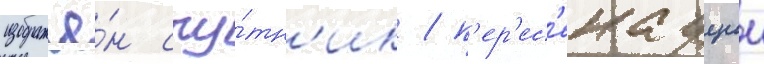
изображё́н спу́тн'ик / п'ер'ес'екаущии